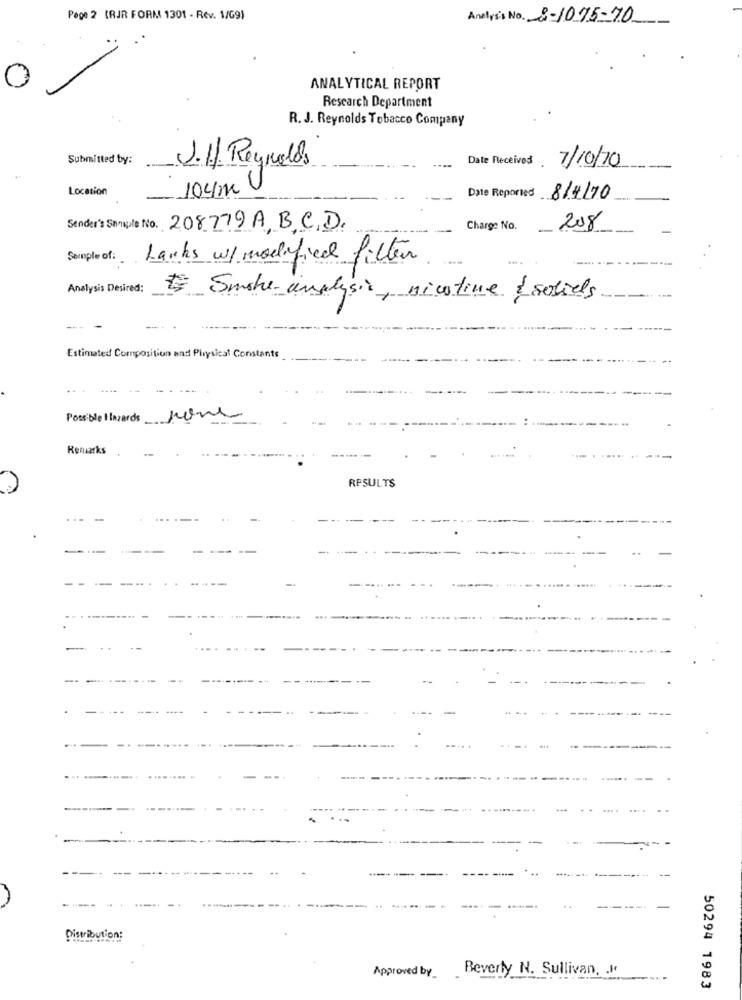
Page 2 (RJR FORM 1301 - Rev. 1/G9)
Analys's No. 8-1095-70
ANALYTICAL REPORT
Research Department
R. J. Reynolds Tobacco Company
Submitted by:
J.11. Reynolds
Date Receives 7/10/20
Location
10cm
Date Reported 8/4/70
Sender's Sample No. 208779A, B,C,D.
Charge No. 208
Semple of:
Lanks w/ modifica filter
Analysis Desired:
# Smoke-analysis, nicotine { socials
Estimated Composition and Physical Constants
Possible Hazards none
Remarks
----
RESULTS
..
Distribution:
Beverly N. Sullivan. .
Approved by_
50294 1983